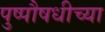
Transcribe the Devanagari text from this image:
पुष्पौषधीच्या